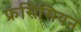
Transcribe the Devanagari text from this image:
फ्रंसिसियन